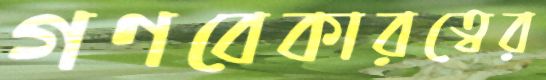
গণবেকারত্বের